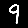
Digit: 9